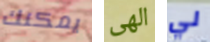
يمكنك الهى لي